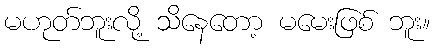
မဟုတ်ဘူးလို့ သိနေတော့ မမေးဖြစ် ဘူး။